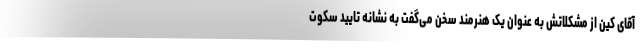
آقای کین از مشکلاتش به عنوان یک هنرمند سخن می‌گفت به نشانه تایید سکوت